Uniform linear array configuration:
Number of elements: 16
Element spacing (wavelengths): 0.5
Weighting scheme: binomial
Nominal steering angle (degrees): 30
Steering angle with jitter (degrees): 30.461
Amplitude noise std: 0.05
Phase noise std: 0.05

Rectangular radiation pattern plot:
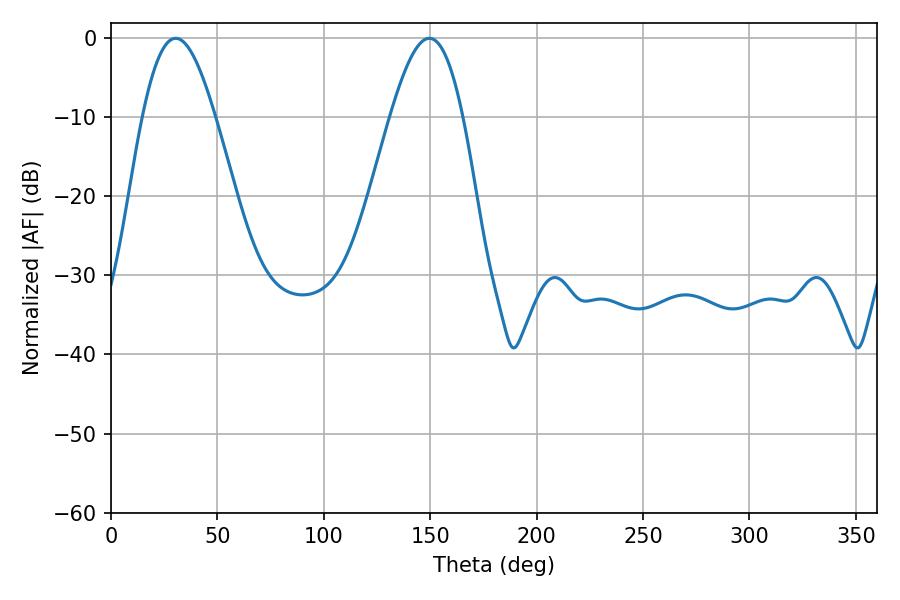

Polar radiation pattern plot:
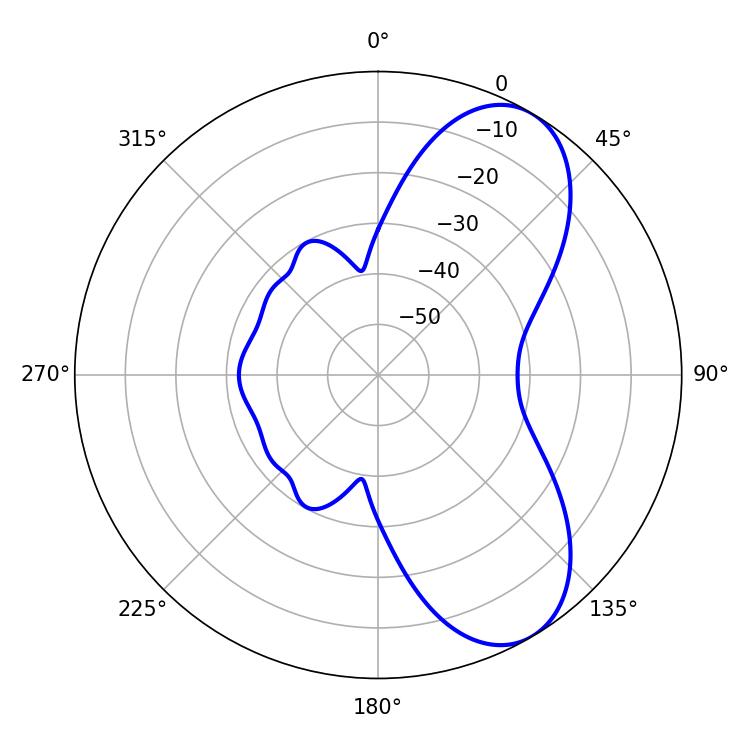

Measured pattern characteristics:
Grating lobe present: FALSE
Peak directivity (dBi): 7.442
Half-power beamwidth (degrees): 18.36
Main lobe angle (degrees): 30.42